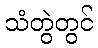
သံတွဲတွင်